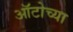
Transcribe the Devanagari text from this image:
ऑटोच्या